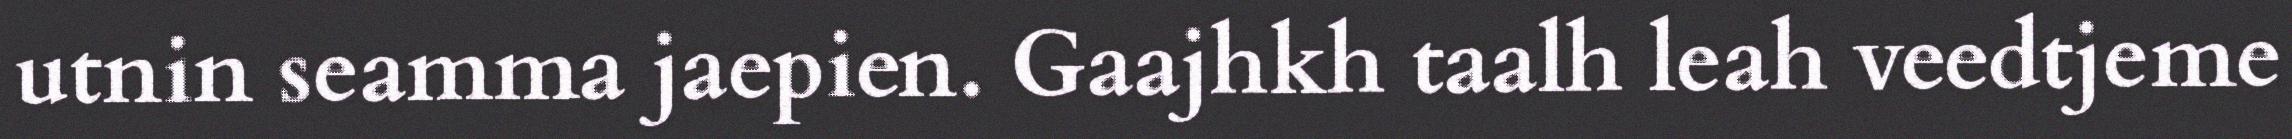
utnin seamma jaepien. Gaajhkh taalh leah veedtjeme